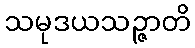
သမုဒယသဉ္ဇာတိ